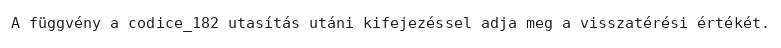
A függvény a codice_182 utasítás utáni kifejezéssel adja meg a visszatérési értékét.